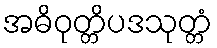
အဓိဝုတ္တိပဒသုတ္တံ